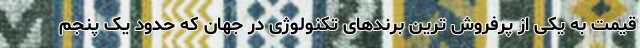
قیمت به یکی از پرفروش ترین برندهای تکنولوژی در جهان که حدود یک پنجم